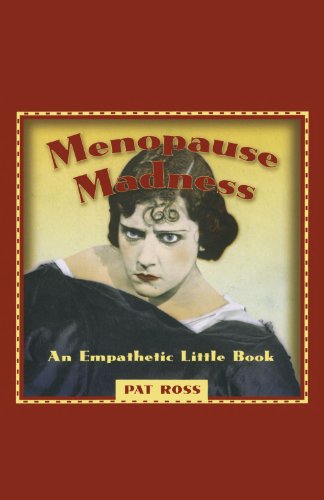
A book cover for Menopause Madness: An Empathetic Little Book; Pat Ross; Health, Fitness & Dieting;